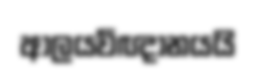
ආලයවිඥානයයි